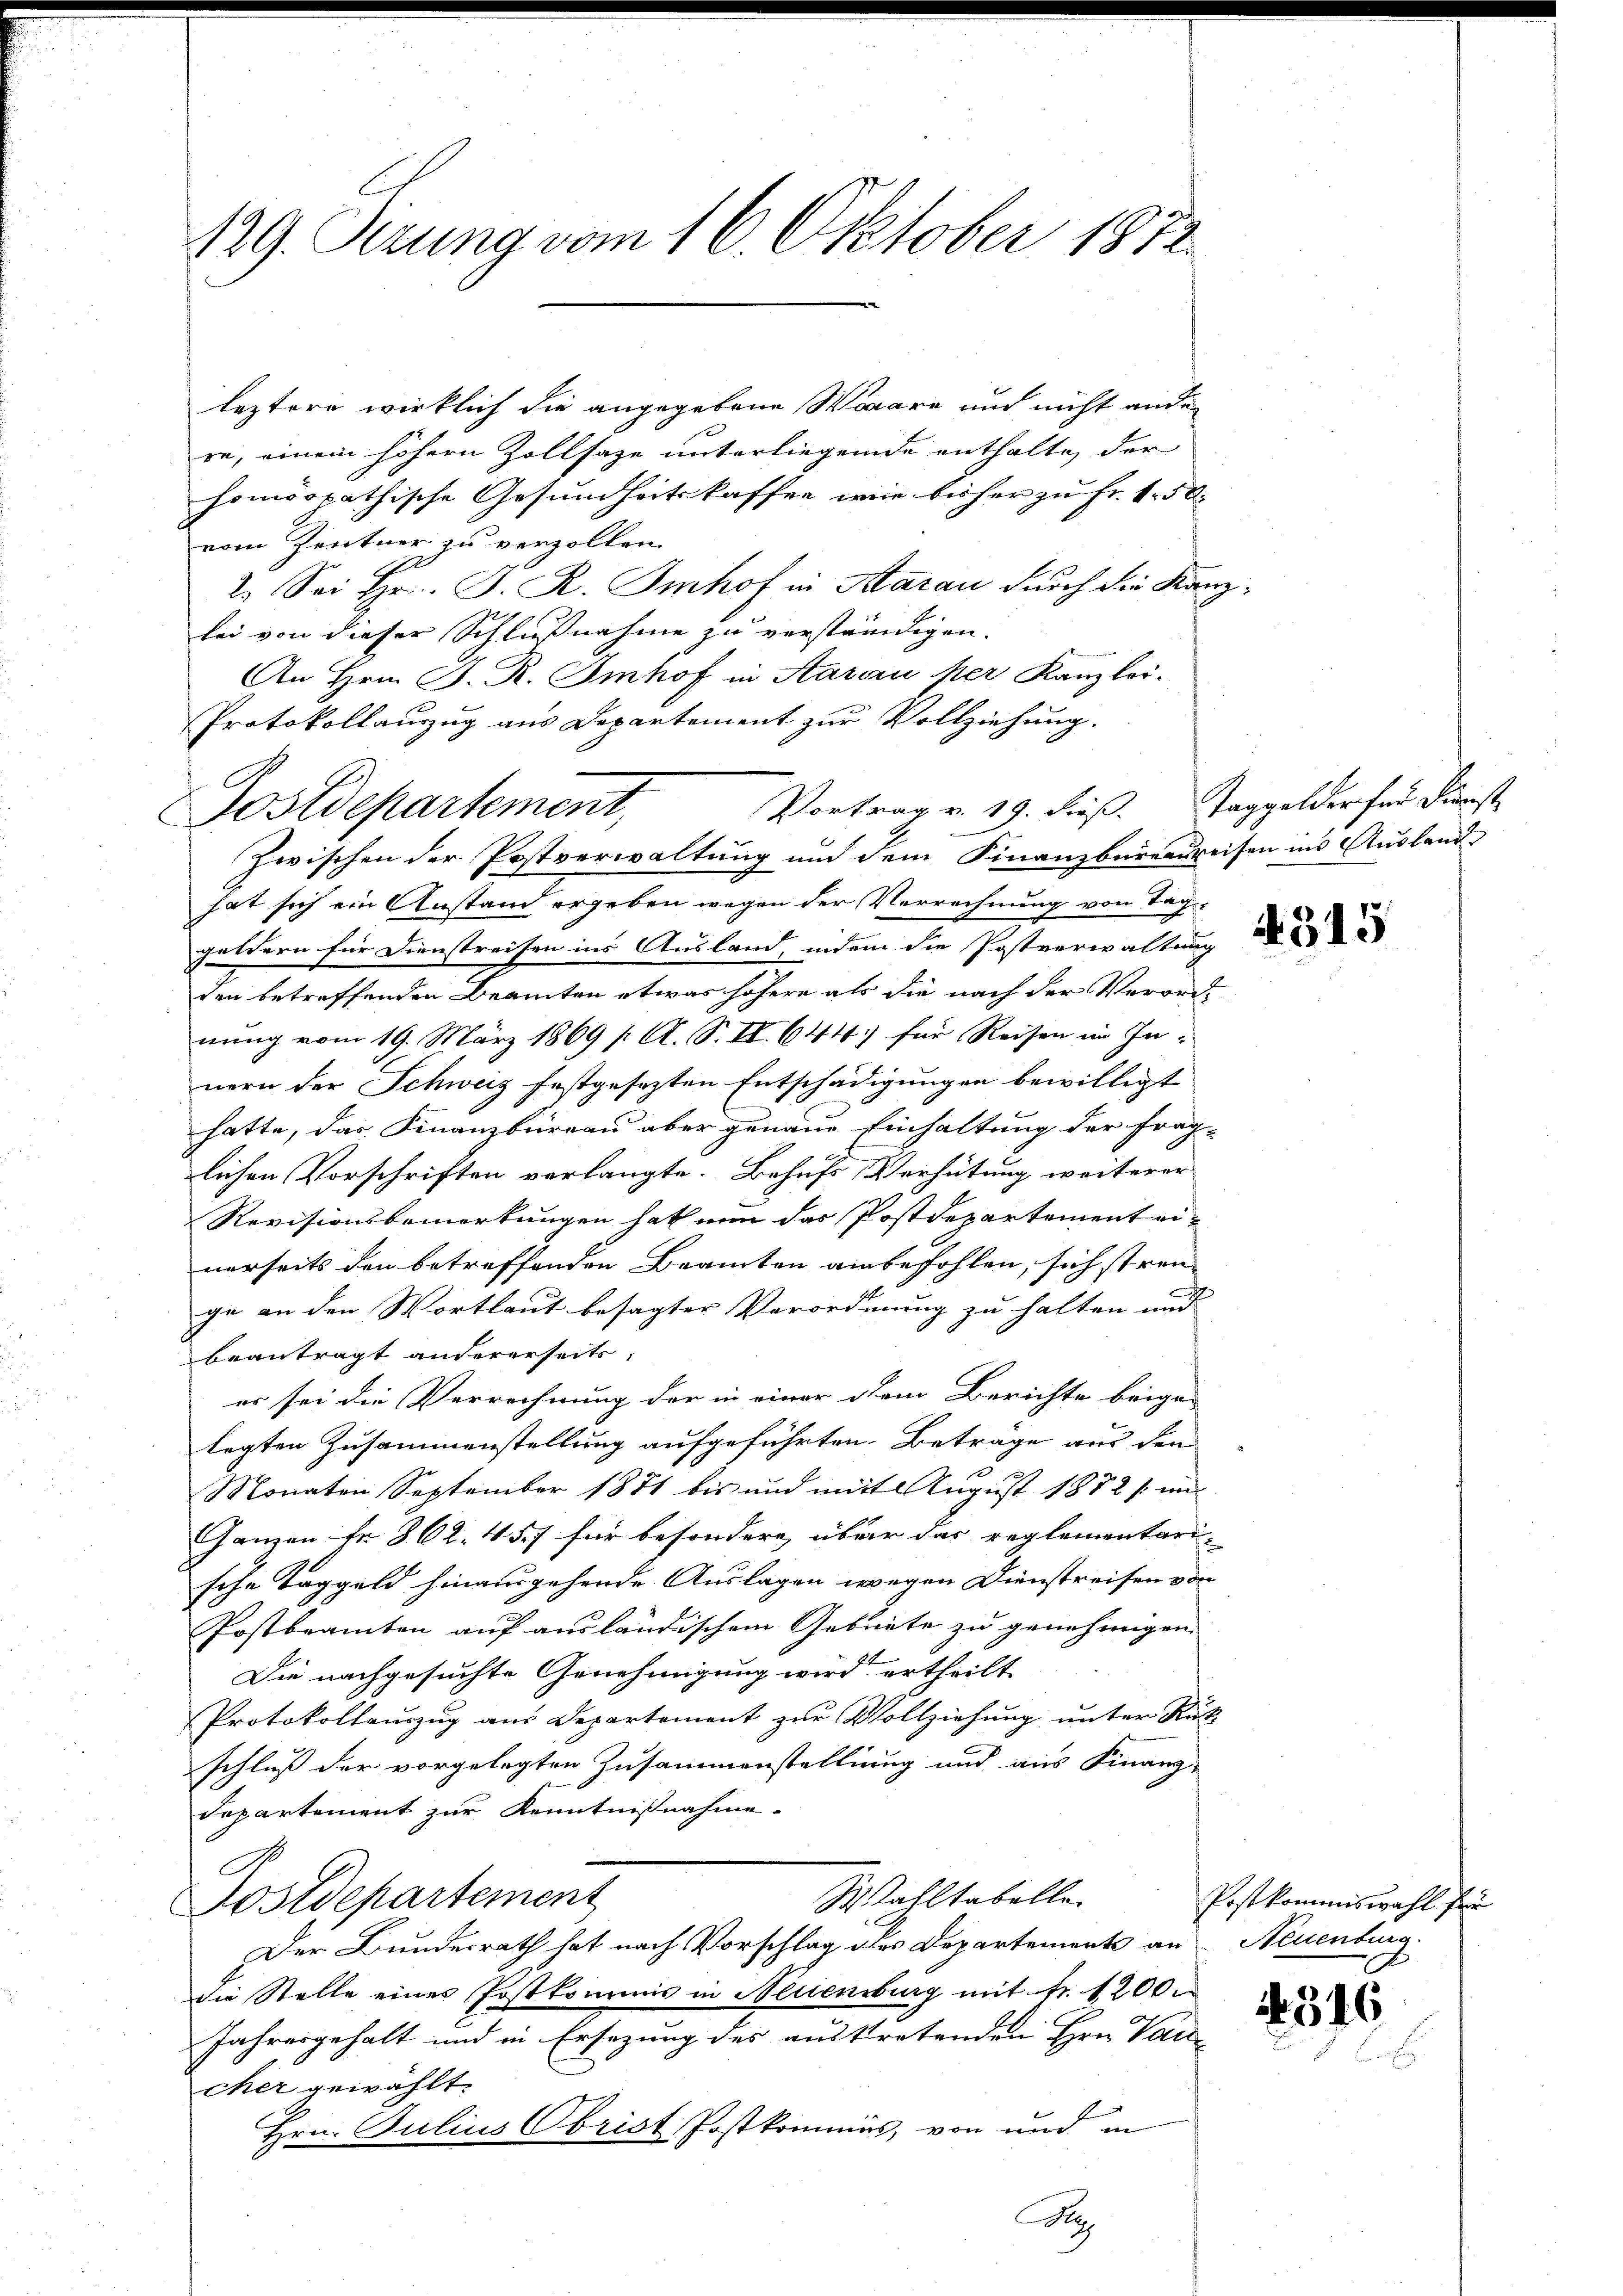
129. Ferung vom 16. Oktober 1872

leztere wirklich die angegebene Waare und nicht ander
re, einem höhern Zollsaze unterliegende enthalte der
homöopathische Gesundheitskaffen wie bisher zu Fr. 150.
vom Zentner zu verzollen.
2. Sei Hr. J. R. Imhof in Aarau durch die Kanzlei von dieser Schlußnahme zu verständigen.
An Hrn. J. R. Imhof in Aarau per Kanzlei¬
Protokollauszug aus Departement zur Vollziehung.
Zwischen der Postverwaltung und dem Finanzberendreisen ins Auslande
hat sich ein Anstand ergeben wegen der Verrechnung von Taggeldern für Dienstreisen ins Ausland, indem die Postverwaltung
den betreffenden Beamten etwas höhere als die nach der Verordnung vom 19. März 1869 [ A. S. II. 644 für Reisen im Innern der Schweiz festgesezten Entschädigungen bewilligt
hatte, das Finanzbüreau aber genaue Einhaltung der frag-
lichen Vorschriften verlangte. Behufs Verhütung weiterer
Revisionsbemerkungen hat nun das Postdepartement einerseits den betreffenden Beamten anbefohlen, sich strenge an den Wortlaut besagter Verordnung zu halten und |
beantragt andererseits,
er sei die Verrechnung der in einer dem Berichte beige-
legten Zusammenstellung aufgeführten Beträge aus den
Monaten September 1871 bis und mit August 1882 s. un
Ganzen Fr. 862. 457 für besondere über das reglementari-
sche Taggeld hinausgehende Auslagen wegen Dienstreisen von
Postbeamten auf ausländischem Gebiete zu genehmigen.
Die nachgesuchte Genehmigung wird ertheilt
Protokollauszug aus Departement zur Vollziehung unter Rük
schluß der vorgelegten Zusammenstellung und aus Finanz-
Departement zur Kenntnißnahme-
C
Wahltabelle.
Postdepartement
Der Bundesrath hat nach Vorschlag des Departements an Neuenburg
die Stelle eines Postkournis in Meriensburg mit Fr. 1200.
Jahresgehalt und in Ersezung des austretenden Hrn. Voi
cher gewählt.
Hrn. Julius Obrist Postkommis, von und in
S

Vortrag v. 19. dieß. Taggelder für Dienst
Postdepartement,

Postkommiswahl für

431